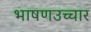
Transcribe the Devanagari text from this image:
भाषणउच्चार